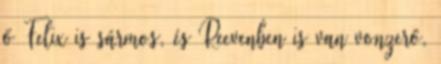
ő Felix is sármos, és Reevenben is van vonzerő,